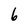
Character: 6